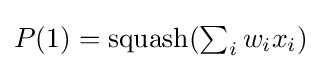
{\textstyle P(1)={\text{squash}}(\sum _{i}w_{i}x_{i})}